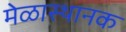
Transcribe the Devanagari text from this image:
मेळास्थानक